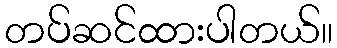
တပ်ဆင်ထားပါတယ်။